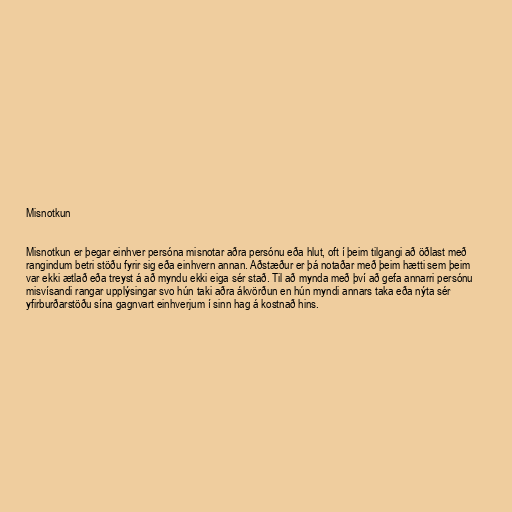
Misnotkun

Misnotkun er þegar einhver persóna misnotar aðra persónu eða hlut, oft í þeim tilgangi að öðlast með
rangindum betri stöðu fyrir sig eða einhvern annan. Aðstæður er þá notaðar með þeim hætti sem þeim
var ekki ætlað eða treyst á að myndu ekki eiga sér stað. Til að mynda með því að gefa annarri persónu
misvísandi rangar upplýsingar svo hún taki aðra ákvörðun en hún myndi annars taka eða nýta sér
yfirburðarstöðu sína gagnvart einhverjum í sinn hag á kostnað hins.